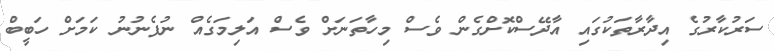
ސަރުކާރުގެ އިދާރާތަކުގައި އާދޭސްކޮށްގެން ވެސް މިހާތަނަށް ވެސް އަލިމަގެއް ނުފެނުނު ކަމަށް ހަބީބް